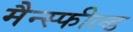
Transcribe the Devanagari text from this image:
मैन्स्फील्ड